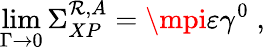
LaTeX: \operatorname*{lim}_{\Gamma\rightarrow0}\Sigma_{XP}^{\mathcal{R},A}=\mpi\varepsilon\gamma^{0}\; ,